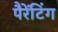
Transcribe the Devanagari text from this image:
पैरेंटिंग